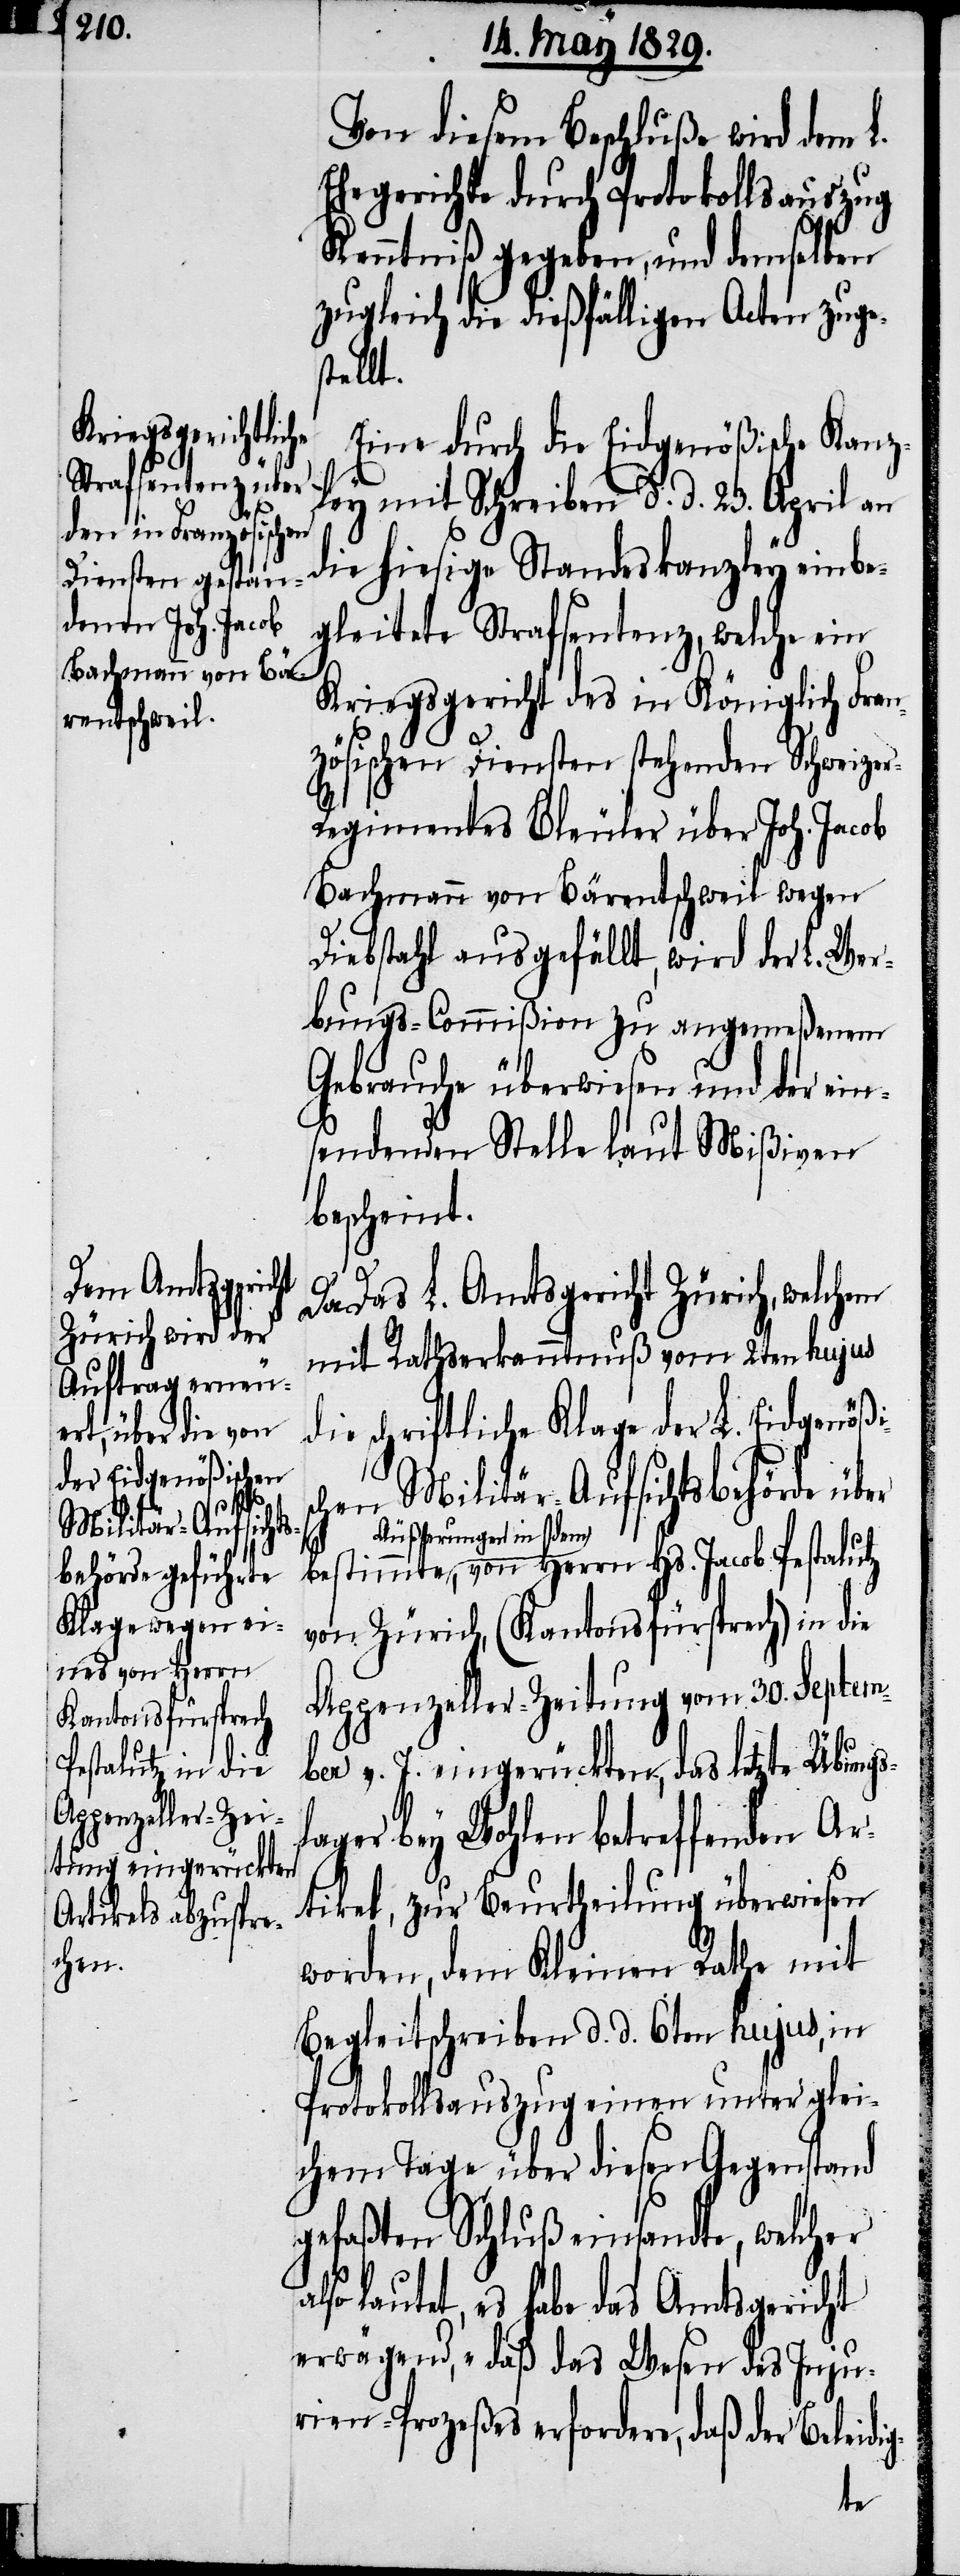
Von diesem Beschluße wird dem L.
Ehegerichte durch Protokollsauszug
Kenntniß gegeben, und demselben
zugleich die dießfälligen Acten zuge¬
tellt.
Eine durch die Eidgenößische Kanz¬
ley mit Schreiben d. d. 23. April an
die hiesige Standeskanzley einbe¬
gleitete Strafsentenz, welche ein
g-
Kriegsgericht des in Königlich Fran¬
zösischen Diensten stehenden Schweize¬
r-Regimentes Bleuler über Joh. Jacob
Bachmann von Bärentschweil wegen
Diebstahl ausgefällt, wird der L. Wer¬
bungs-Commißion zu angemeßenem
Gebrauche überwiesen und der ein¬
sendenden Stelle laut Mißiven
bescheint.
Da das L. Amtsgericht Zürich, welchem
mit Rathserkanntnuß vom 2ten hujus
die schriftliche Klage der L. Eidgenößi¬
chen Militär-Aufsichtsbehörde über
a-Äußerungen in d¬
em-a, von Herrn Hs. Jacob Pestalutz
von Zürich, (Kantonsfürsprech) in die
Appenzeller-Zeitung vom 30. Septem¬
ber v. J. eingerückten, das letzte Übungs¬
lager bey Wohlen betreffenden Ar¬
tikel, zur Beurtheilung überwiesen
worden, dem Kleinen Rathe mit
Begleitschreiben d. d. 6ten hujus, in
Protokollsauszug einen unter glei¬
chem Tage über diesen Gegenstand
gefaßten Schluß einsandte, welcher
lautet, es habe das Amtsgericht
erwägend, „daß das Wesen des Inju¬
rien-Prozeßes erfordern, daß der Beleidi¬